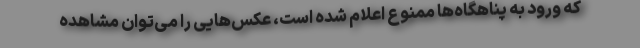
که ورود به پناهگاه‌ها ممنوع اعلام شده است، عکس‌هایی را می‌توان مشاهده